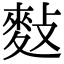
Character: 𪌏